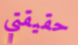
حقيقتي